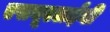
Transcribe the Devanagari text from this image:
एसयूएलईवी